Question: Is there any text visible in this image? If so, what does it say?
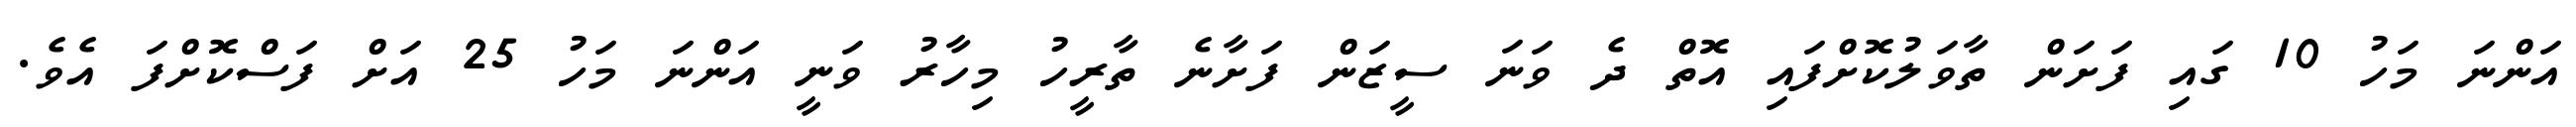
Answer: އަންނަ މަހު 10 ގައި ފަށަން ތާވަލުކޮށްފައި އޮތް ދެ ވަނަ ސީޒަން ފަށާނެ ތާރީހު މިހާރު ވަނީ އަންނަ މަހު 25 އަށް ފަސްކޮށްފަ އެވެ.